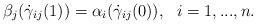
\begin{align*} \beta_j(\dot\gamma_{ij}(1))= \alpha_i(\dot\gamma_{ij}(0)), \ \ i= 1,...,n. \end{align*}